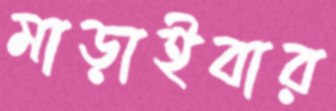
মাড়াইবার